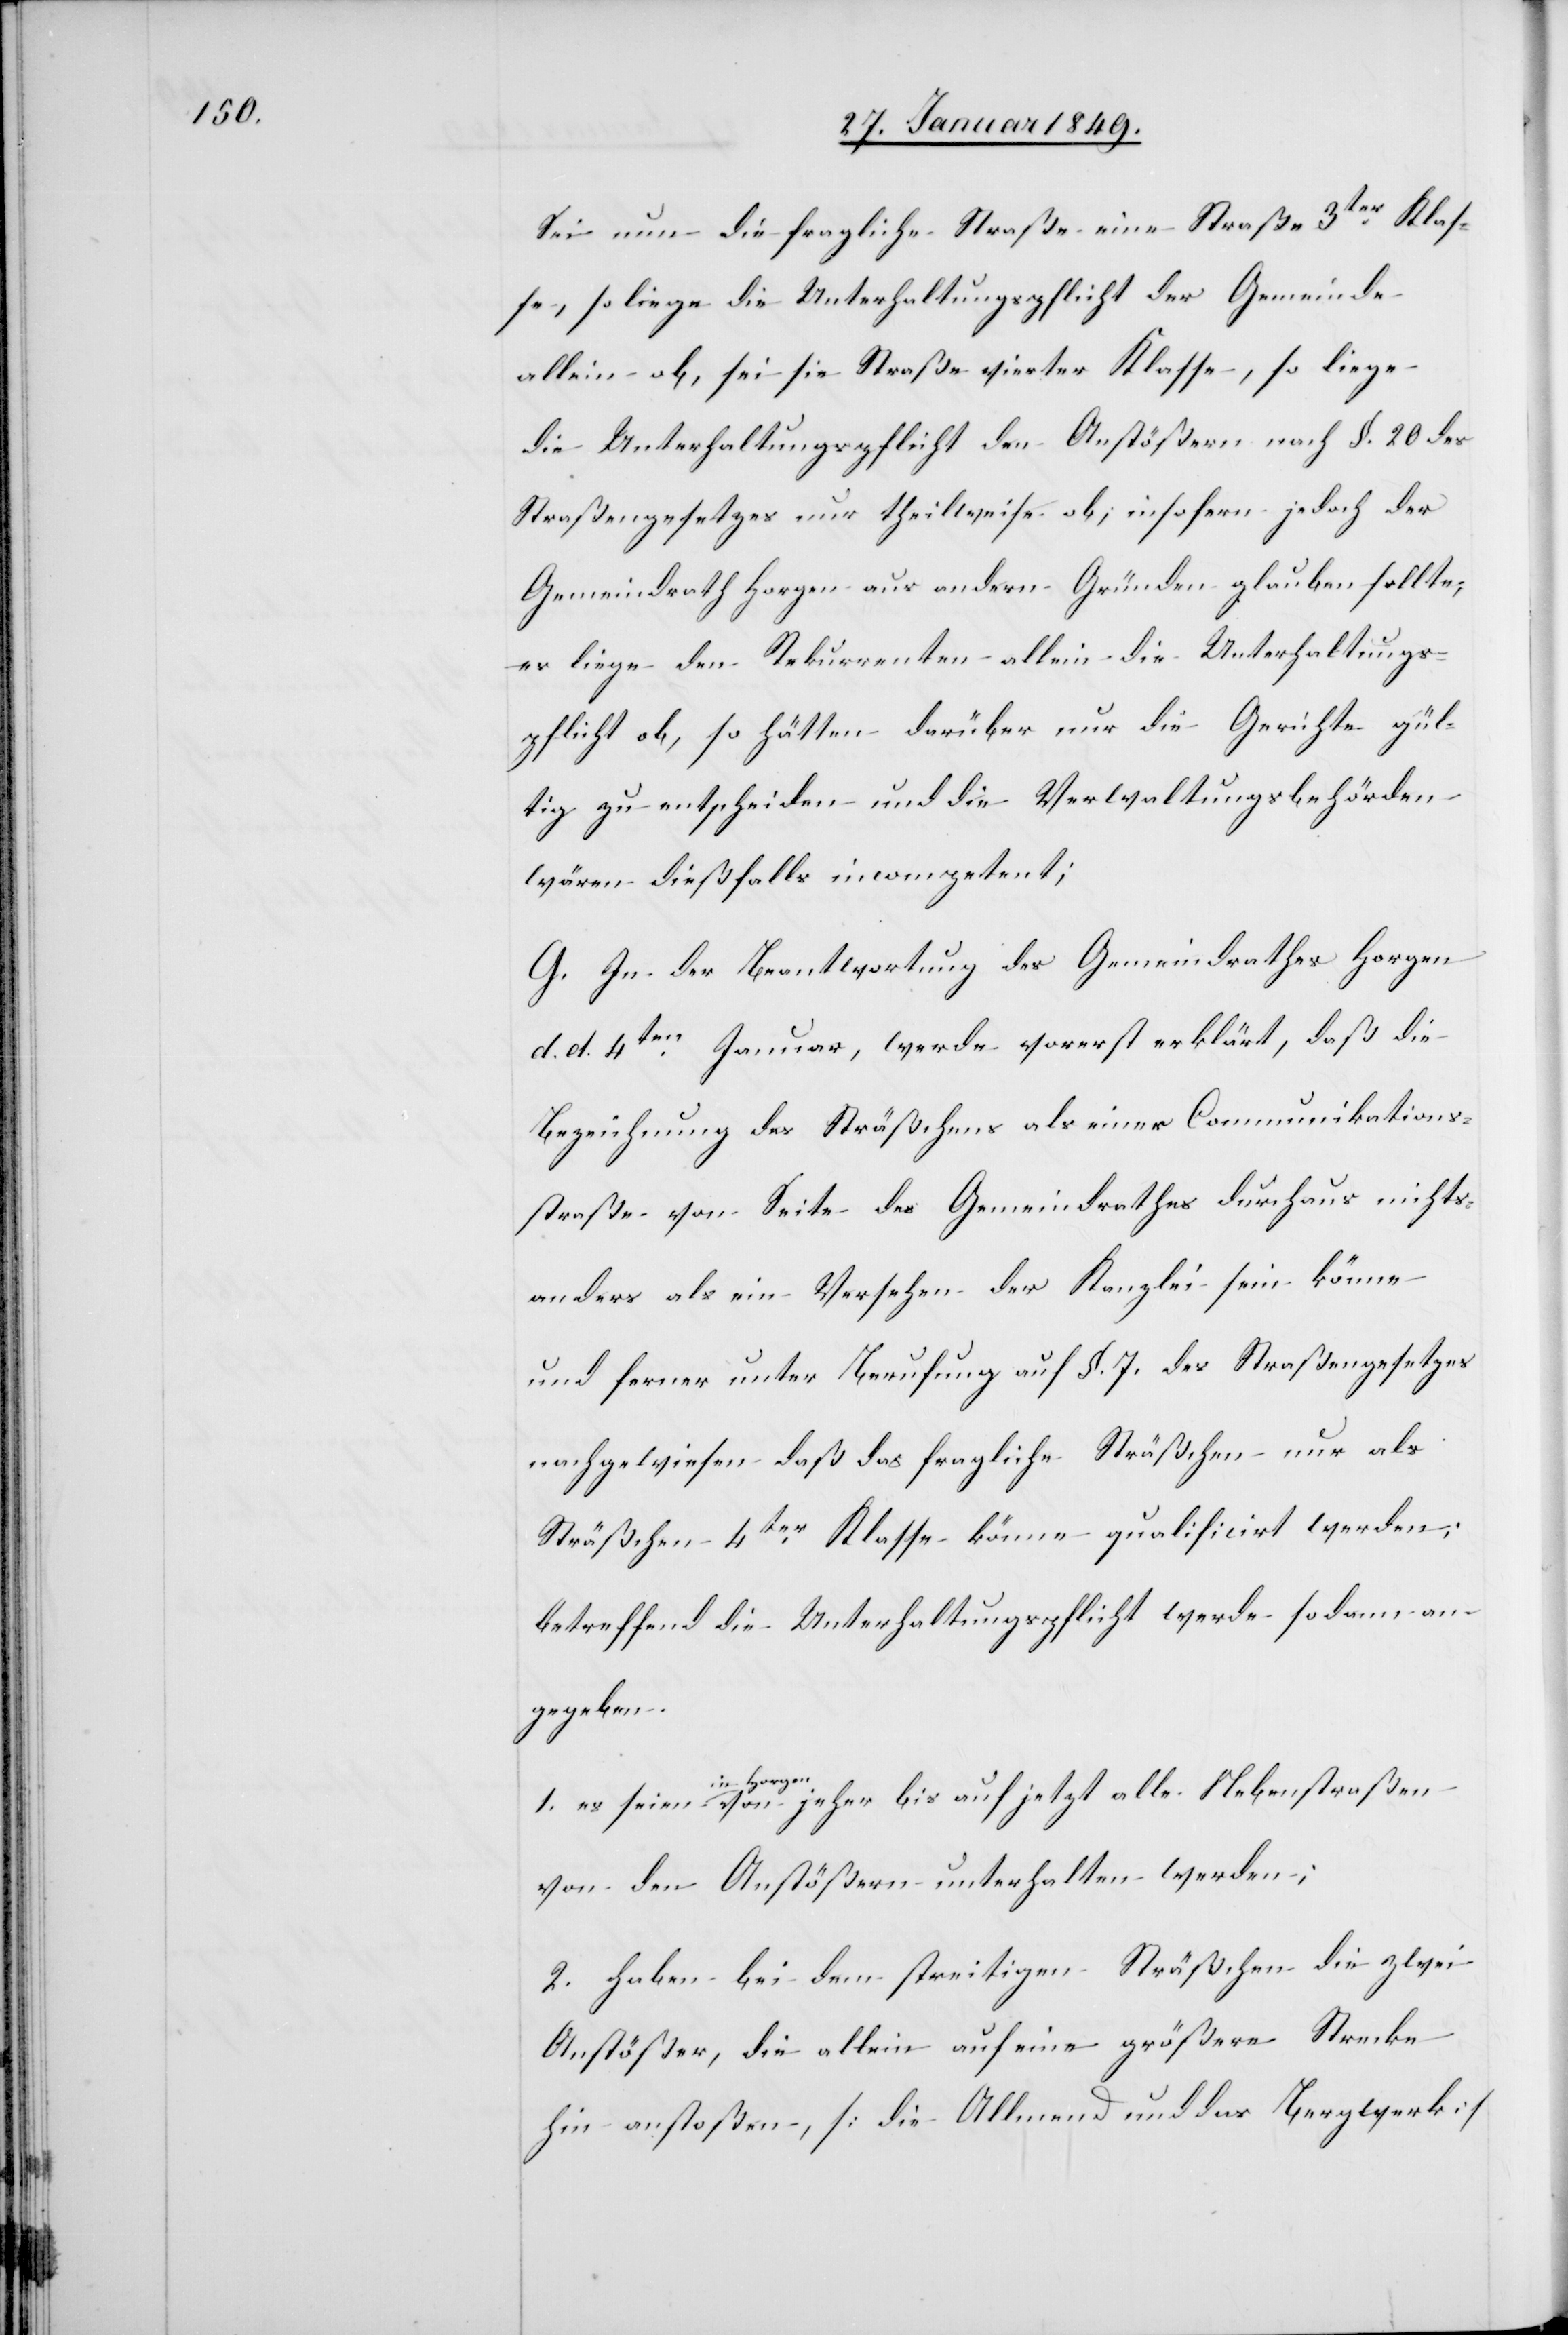
Sei nun die fragliche Straße eine Straße 3ter. Klas¬
se, so liege die Unterhaltungspflicht der Gemeinde
allein ob, sei sie Straße vierter Klasse, so liege
die Unterhaltungspflicht den Anstößern nach §. 20. der
Straßengesetzes nur theilweise ob; insofern jedoch der
Gemeindrath Horgen aus andern Gründen glauben sollte,
es liege den Rekurrenten allein die Unterhaltungs¬
pflicht ob, so hätten darüber nur die Gerichte gül¬
tig zu entscheiden und die Verwaltungsbehörden
wären dießfalls incompetent;
G. In der Beantwortung des Gemeindrathes Horgen
d. d. 4ten. Januar, werde vorerst erklärt, daß die
Bezeichnung des Sträßchens als einer Communikations¬
straße von Seite des Gemeindrathes durchaus nichts
anders als ein Versehen der Kanzlei sein könne
und ferner unter Berufung auf §. 7. des Straßengesetzes
nachgewiesen daß das fragliche Sträßchen nur als
Sträßchen 4ter. Klasse könne qualificirt werden;
betreffend die Unterhaltungspflicht werde sodann an¬
gegeben.
in Horgen
von den Anstößern unterhalten werden
2. haben bei dem streitigen Sträßchen die zwei
Anstößer, die allein auf eine größere Strecke
hin anstoßen, [die Allmend und das Bergwerk]